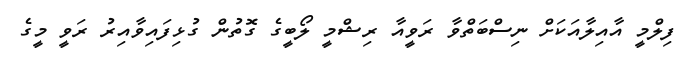
ފިލްމީ އާއިލާއަކަށް ނިސްބަތްވާ ރަވީއާ ރިޝްމީ ލޯބީގެ ގޮތުން ގުޅިފައިވާއިރު ރަވީ މީގެ